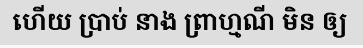
ហើយ ប្រាប់ នាង ព្រាហ្មណី មិន ឲ្យ